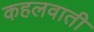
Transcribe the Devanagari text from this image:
कहलवाती